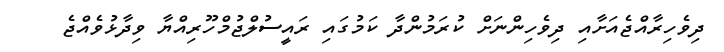
ދިވެހިރާއްޖެއަށާއި ދިވެހިންނަށް ކުރަމުންދާ ކަމުގައި ރައީސުލްޖުމްހޫރިއްޔާ ވިދާޅުވެއްޖެ